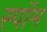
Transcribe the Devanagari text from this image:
स्पॉम